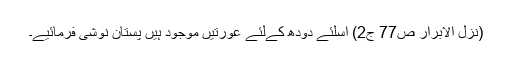
(نزل الابرار ص77 ج2) اسلئے دودھ کےلئے عورتيں موجود ہيں پستان نوشی فرمائيے۔